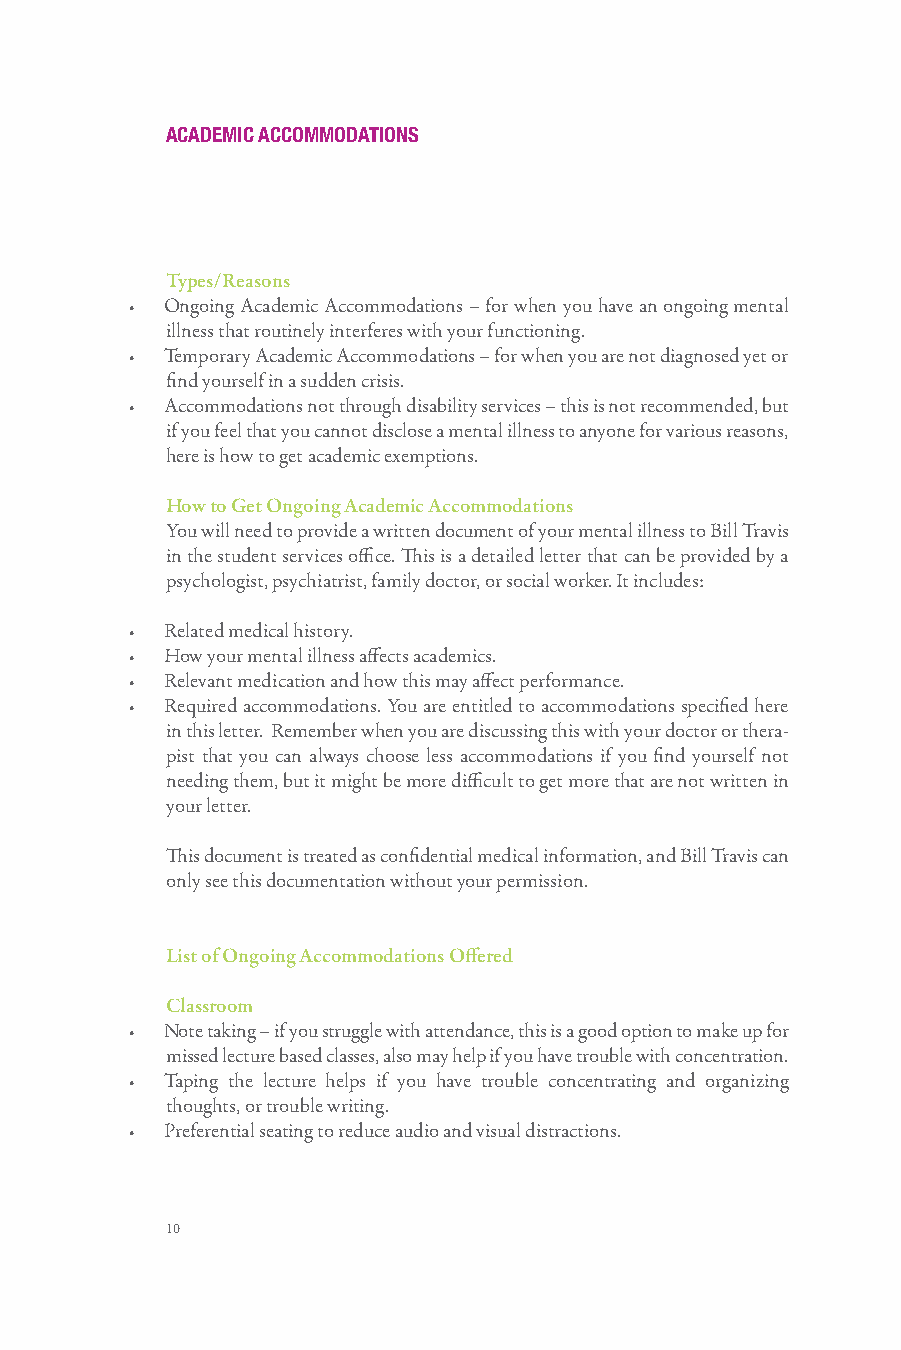
ACADEMIC ACCOMMODATIONS
 Types/Reasons
 • Ongoing Academic Accommodations – for when you have an ongoing mental
 illness that routinely interferes with your functioning.
 • Temporary Academic Accommodations – for when you are not diagnosed yet or
 find yourself in a sudden crisis.
 • Accommodations not through disability services – this is not recommended, but
 if you feel that you cannot disclose a mental illness to anyone for various reasons,
 here is how to get academic exemptions.
 How to Get Ongoing Academic Accommodations
 You will need to provide a written document of your mental illness to Bill Travis
 in the student services office. This is a detailed letter that can be provided by a
 psychologist, psychiatrist, family doctor, or social worker. It includes:
 • Related medical history.
 • How your mental illness affects academics.
 • Relevant medication and how this may affect performance.
 • Required accommodations. You are entitled to accommodations specified here
 in this letter. Remember when you are discussing this with your doctor or thera-
 pist that you can always choose less accommodations if you find yourself not
 needing them, but it might be more difficult to get more that are not written in
 your letter.
 This document is treated as confidential medical information, and Bill Travis can
 only see this documentation without your permission.
 List of Ongoing Accommodations Offered
 Classroom
 • Note taking – if you struggle with attendance, this is a good option to make up for
 missed lecture based classes, also may help if you have trouble with concentration.
 • Taping the lecture helps if you have trouble concentrating and organizing
 thoughts, or trouble writing.
 • Preferential seating to reduce audio and visual distractions.
 10